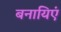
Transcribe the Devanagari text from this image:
बनायिएं